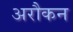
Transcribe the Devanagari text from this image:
अरौकन